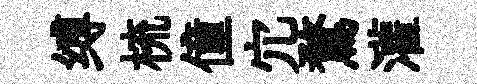
缚梳僮宂鶩灌